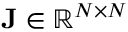
{ \bf J } \in \mathbb { R } ^ { N \times N }